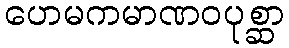
ဟေမကမာဏဝပုစ္ဆာ